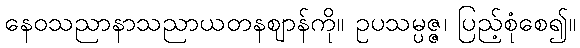
နေဝသညာနာသညာယတနဈာန်ကို။ ဥပသမ္ပဇ္ဇ၊ ပြည့်စုံစေ၍။